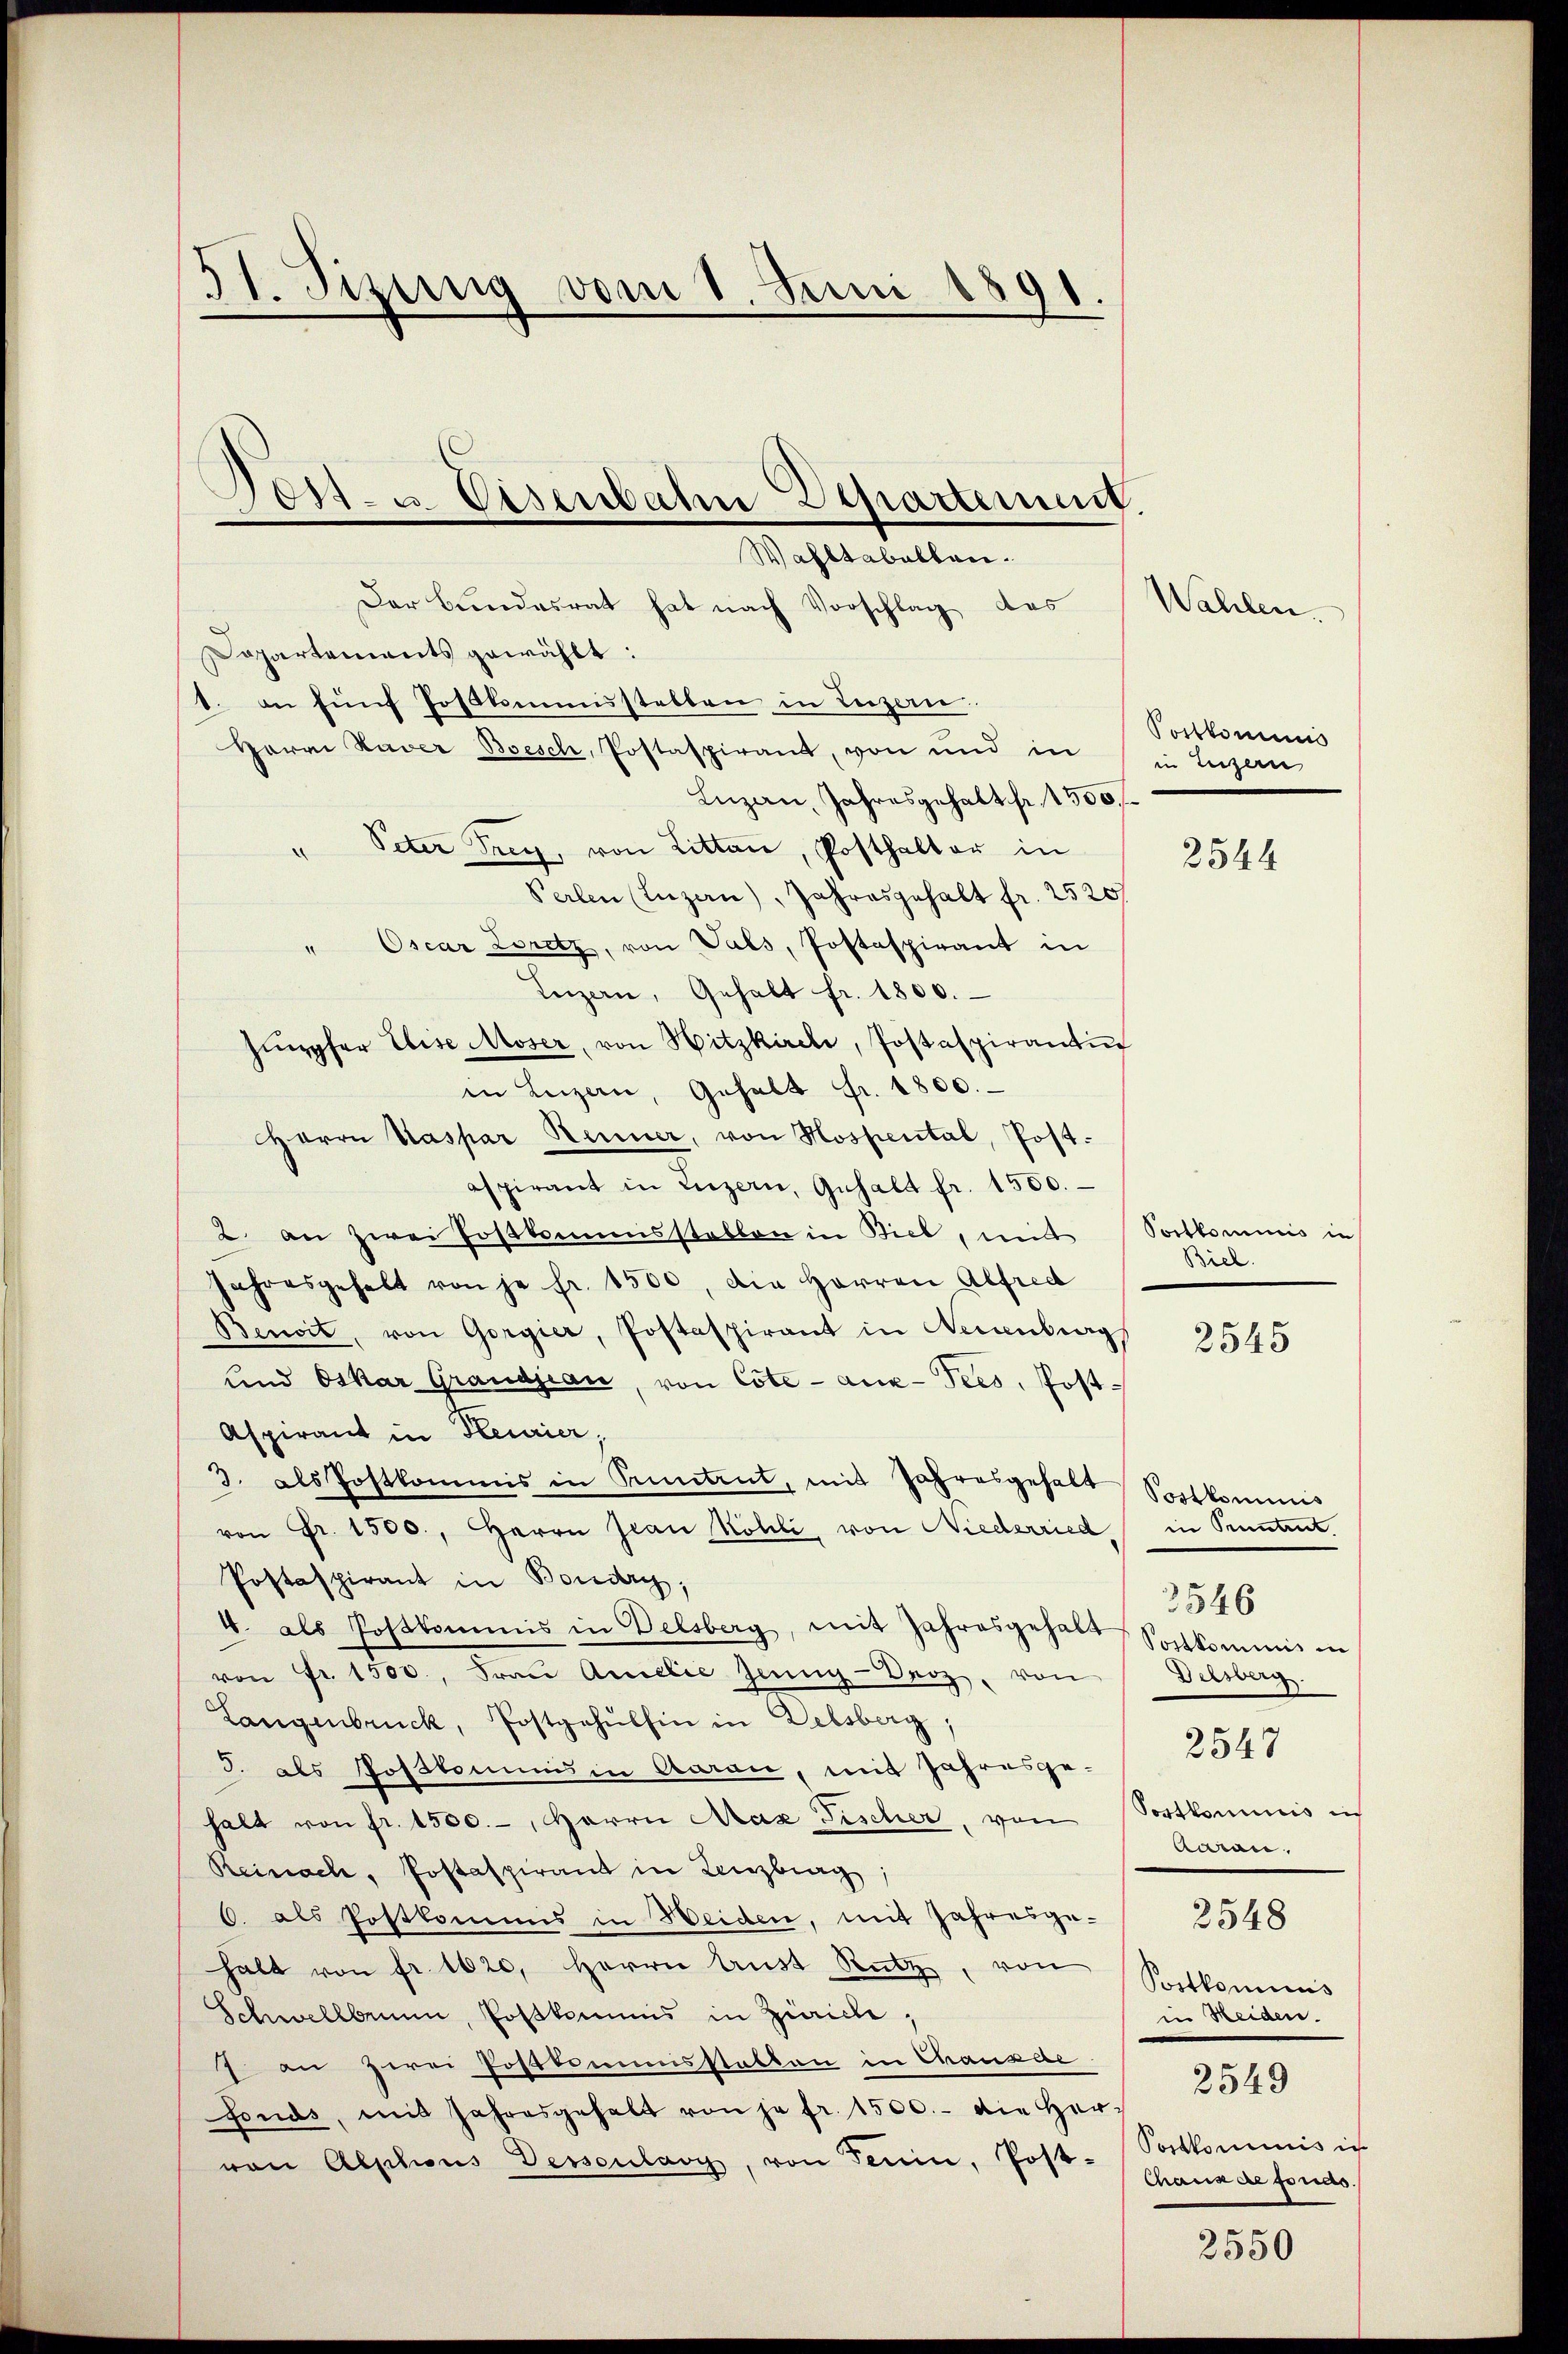
31. Jizung vom 1. Juni 1891
Dost- u. Eisenbahn Departement.

Wahltabalken.

Der Bundesrat hat nach Vorschlag des
Dapartements gewählt:
1. an fünf Postkommisstellen in Luzern
Luzau, Jahresgehalt fr. 1500 f
Verlen (Luzern), Jahresgehalt fr. 2520/
" Oscar Loretz, von Vals, Postaspirant in
Luzern, Gehalt fr. 1800.
hŭnpfer Elise Moser, von Hitzkirche, Postaspirantin
in Luzern, Gehalt Fr. 1800.
Herrn Kaspar Henner, von Hospental, Post-
aspirant in Luzern, Gehalt fr. 1500.
2. an zwei Postkommisstellen in Biel, mit
Jahresgehalt von je fr. 1500, die Herren Alfred
Benoit, von Gorgier, Postaspirant in Neuenburg
und Oskar Grandjean, von Cote - aux-Tees, Post¬
Aspirant in Keurier,
3. als Postkommis in Kuntrut, mit Jahresgehalt
von Fr. 1500., Herrn Jean Köhli, von Niederried in Petent
Postaspirant in Boudry,
4. als Postkommis in Delsberg, mit Jahresgehalt
von Fr. 1500. Fraŭ Amelić Jeŭng-Oroz, von
Langenbruck, Postgehŭlhin in Delsberg;
J. als Posstomums in Aarau, mit Jahresge-
halt von fr. 1500.-, Herrn Max Fischer, von
Reinach, Postaspirant in Lenzburg,
6. als Postkommis in Weiden, mit Jahresgehalt von fr. 1020. Herrn Aust Rutz, von
Schwellbrunn, Postkommis in Zürich,
7 an zwei Postummisstatten in Chausae
fonds, mit Jahresgehalt von je fr. 1500.- die Her-
von Alphons Dessenlang, von Fenin, Post-Postkommnis in

Harri Haver Besch, Postaspirant, von und in
" Peter Frey, von Litten, Posthalter in

Wahlen

Portkommis
in Luzern

2544

3545

3546

2548

2549

Portkommnis in
Biel.

Postkominis
Postkommnis in
Delsberg.
2547
Postkommnis in
Aarau

Postkominis
in Heiden.
Chaus de fonds.

2550